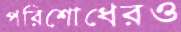
পরিশোধেরও